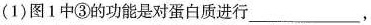
(1)图1中③的功能是对蛋白质进行___，